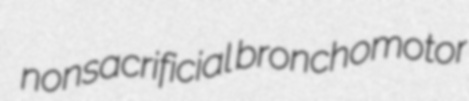
nonsacrificial bronchomotor